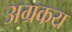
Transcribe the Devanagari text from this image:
अग्रकय